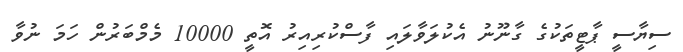
ސިޔާސީ ޕާޓީތަކުގެ ގާނޫނު އެކުލަވާލައި ފާސްކުރިއިރު އޮތީ 10000 މެމްބަރުން ހަމަ ނުވާ